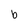
Character: b